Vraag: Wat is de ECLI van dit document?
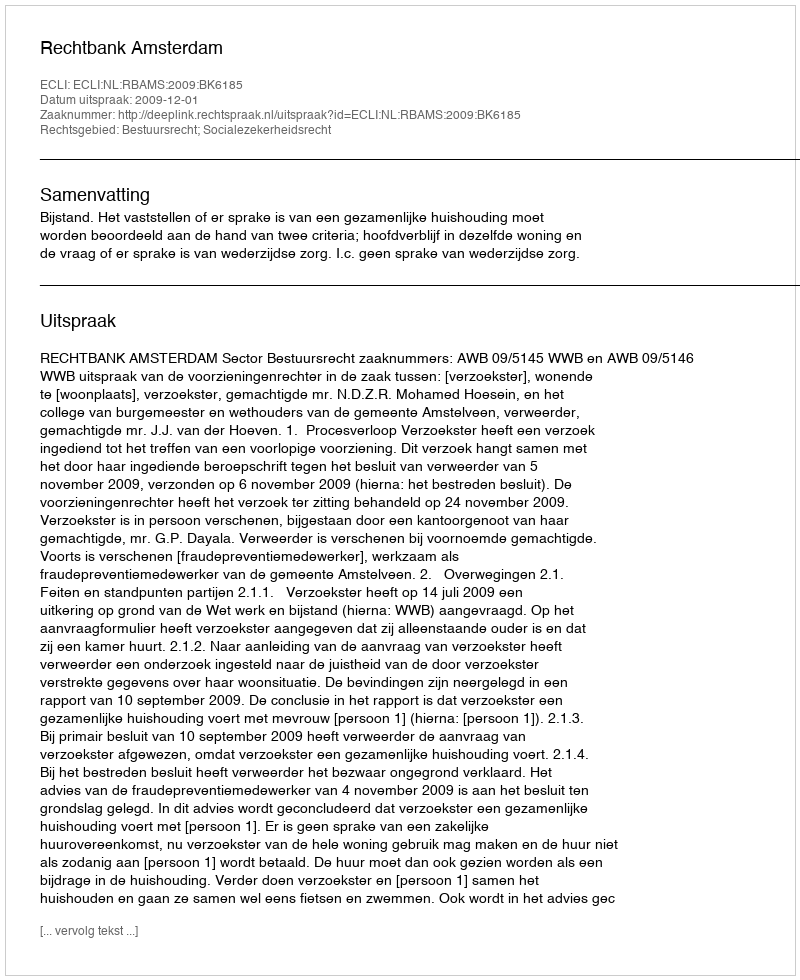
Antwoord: ECLI:NL:RBAMS:2009:BK6185